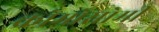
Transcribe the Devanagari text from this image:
क्रोमोसोमी